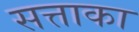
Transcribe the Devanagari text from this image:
सत्ताका